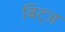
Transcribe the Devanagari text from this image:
बिट्ज़